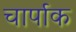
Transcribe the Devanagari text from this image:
चार्पाक